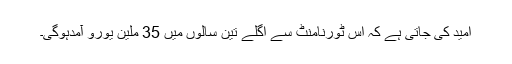
امید کی جاتی ہے کہ اس ٹورنامنٹ سے اگلے تین سالوں میں 35 ملین یورو آمدہوگی۔